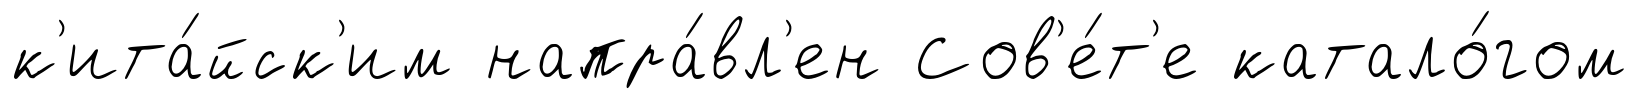
к'ита́йск'им напра́вл'ен Сов'е́т'е катало́гом